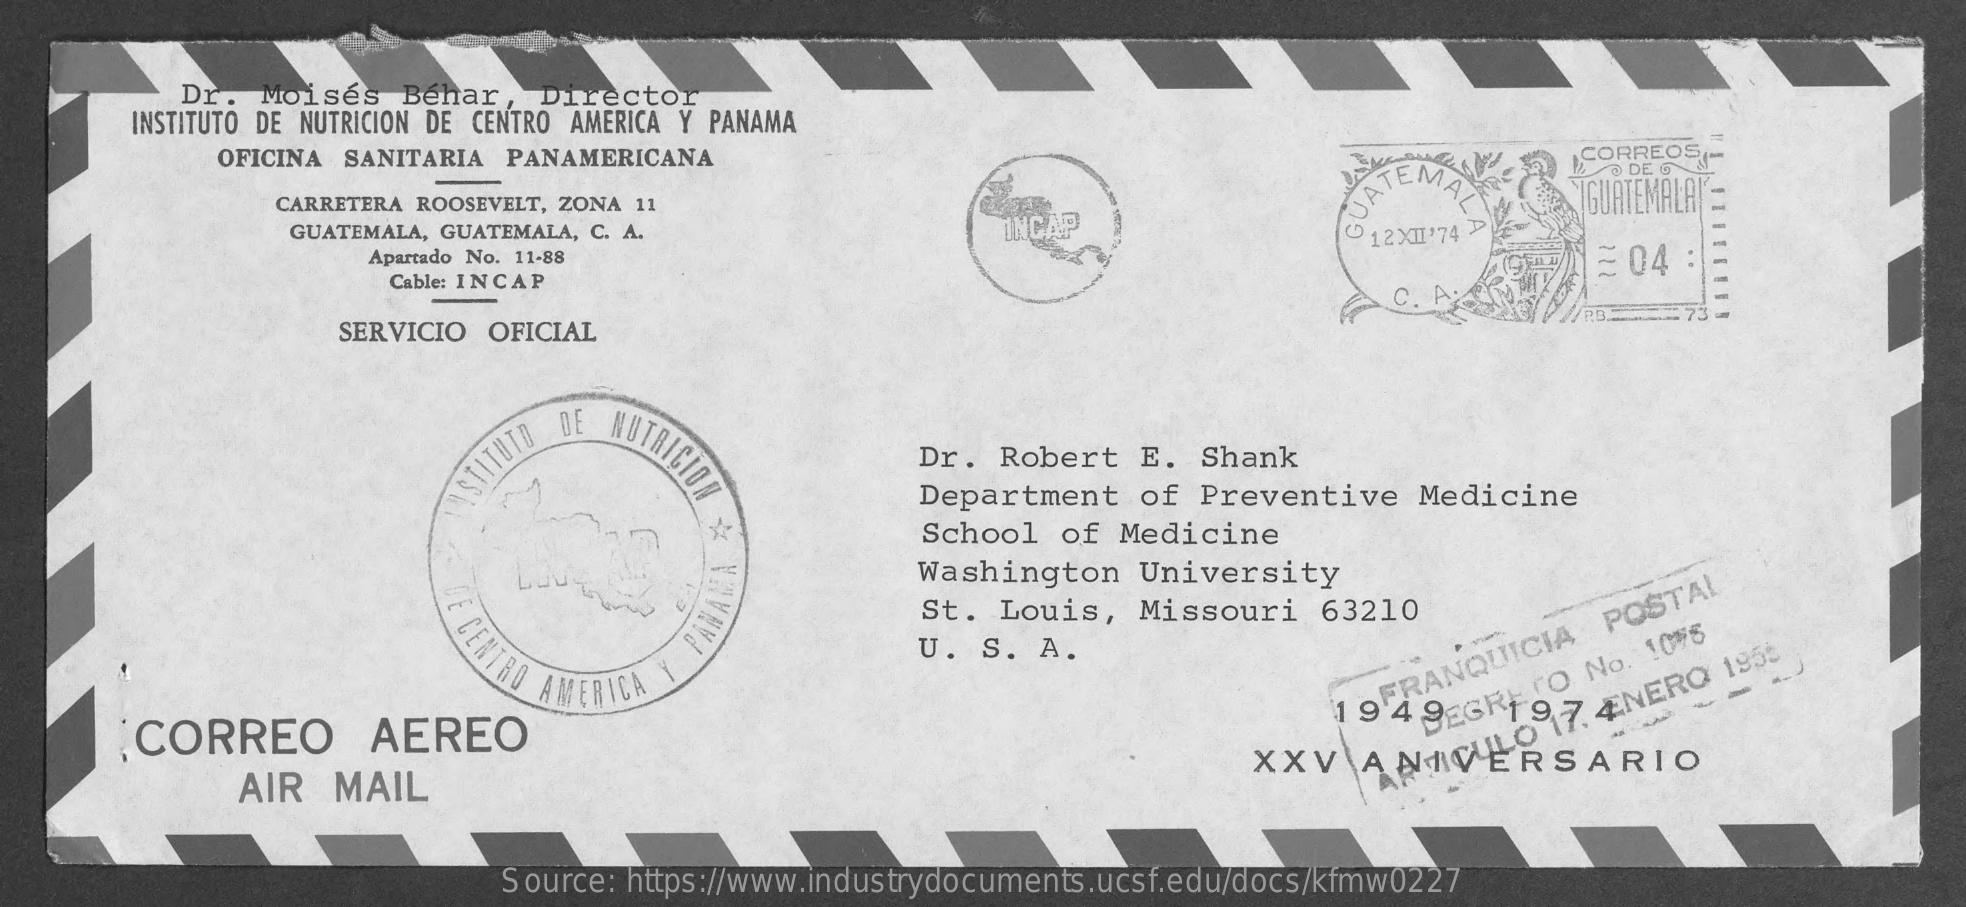
Dr.  Moises   Behar   Director
     INSTITUTO DE NUTRICION DE CENTRO AMERICA Y PANAMA
     OFICINA SANITARIA PANAMERICANA    CORREOS(MM
     DE G
     CARRETERA ROOSEVELT, ZONA 11    SSATEMAL    IGUATEMALAL'
     GUATEMALA, GUATEMALA, C. A.    INCAP
     Apartado No. 11-88
     12X11'74 D
     04 212
     Cable: INCAP
     C. A.
     SERVICIO OFICIAL
     PB .:
     AUTRICION    Dr. Robert   E.  Shank ISTITUTO
     Department   of  Preventive   Medicine
     School  of  Medicine
     Washington   University
     CENTRO
     St.  Louis,  Missouri   63210 PANAMA
     U. S.  A.
     AMERICA
     CORREO    AEREO
     FRANQUICIA
     POSTAL
     19  4
     9-GRECO
     No. 1075
     -- 197
     ÆNERO
     1955
     AIR   MAIL
     XXV    ANIVERSARIO
     Source: https://www.industrydocuments.ucsf.edu/docs/kfmw0227